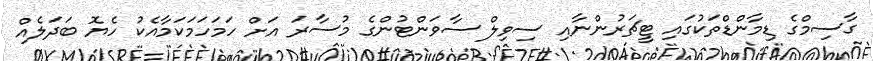
ގާސިމްގެ ޑިމާންޑްތަކުގައި ޓީޗަރުންނާއި ސިވިލް ސާވަންޓުންގެ މުސާރަ އަށް ހަމަހަމަކަމާއެކު ހެޔޮ ބަދަލެއް